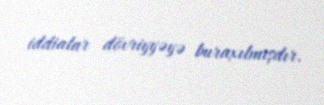
iddialar dövriyyəyə buraxılmışdır.